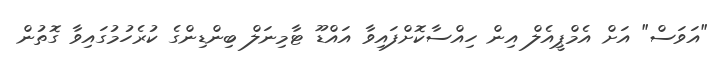
"އަވަސް" އަށް އެމްޕީއެލް އިން ހިއްސާކޮށްފައިވާ އައްޑޫ ޓާމިނަލް ބިންޑިންގެ ކުރެހުމުގައިވާ ގޮތުން